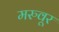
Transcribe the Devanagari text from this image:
मरुवूर